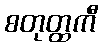
စတုတ္ထကီ